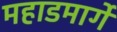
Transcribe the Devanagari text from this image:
महाडमार्गे